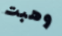
وهبت